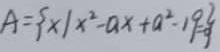
A = \{ x \vert x ^ { 2 } - a x + a ^ { 2 } - 1 9 = 0 \}